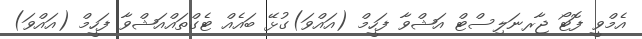
އެމްވީ ފޮޓޯ ޖާރނަލިސްޓް އަޝްވާ ފަހީމް (އައްވަ)ގުޅޭ ބައެއް ޓެގްތައްއަޝްވާ ފަހީމް (އައްވަ)